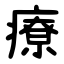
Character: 療